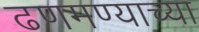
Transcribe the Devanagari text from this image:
ढणमण्याच्या